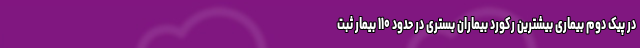
در پیک دوم بیماری بیشترین رکورد بیماران بستری در حدود ۱۱۰ بیمار ثبت